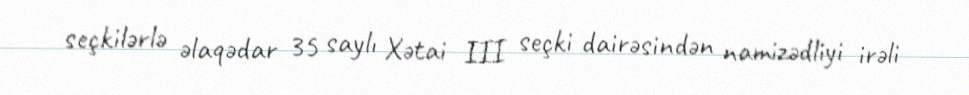
seçkilərlə əlaqədar 35 saylı Xətai III seçki dairəsindən namizədliyi irəli